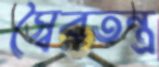
স্বৈরতন্ত্র